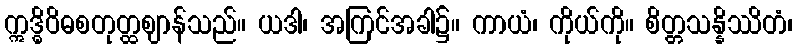
ဣဒ္ဓိဝိဓစတုတ္ထဈာန်သည်။ ယဒါ၊ အကြင်အခါ၌။ ကာယံ၊ ကိုယ်ကို။ စိတ္တသန္နိဿိတံ၊